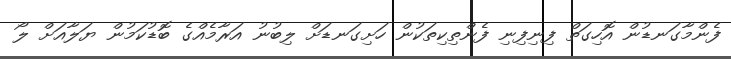
ފެންމާގަނޑުން އޮހިގަތް ފިނިފިނި ފެންތިކިތަކުން ހަށިގަނޑަށް ލިބުނު އަރާމެއްގެ ބޮޑުކަމުން ޔަލާއަށް ލޯ